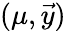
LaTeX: (\mu,\vec{y})